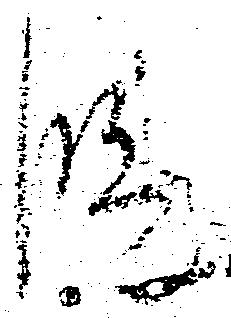
段